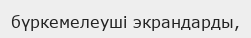
бүркемелеуші экрандарды,